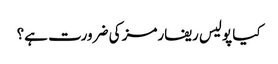
کیا پولیس ریفارمز کی ضرورت ہے؟